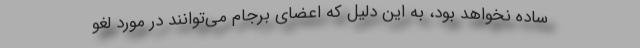
ساده نخواهد بود، به این دلیل که اعضای برجام می‌توانند در مورد لغو